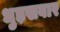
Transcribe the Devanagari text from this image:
धुड़सवार